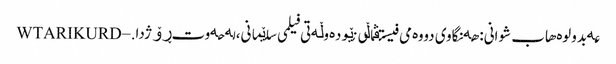
عەبدولوەهاب شوانی: هەنگاوی دووەمی فیستڤاڵی نێودەوڵەتی فیلمی سلێمانی، لە حەوت ڕۆژدا. – WTARIKURD